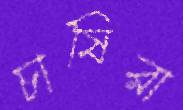
চাষিরা